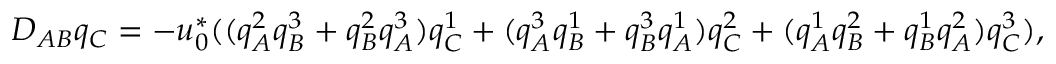
D _ { A B } q _ { C } = - u _ { 0 } ^ { * } ( ( q _ { A } ^ { 2 } q _ { B } ^ { 3 } + q _ { B } ^ { 2 } q _ { A } ^ { 3 } ) q _ { C } ^ { 1 } + ( q _ { A } ^ { 3 } q _ { B } ^ { 1 } + q _ { B } ^ { 3 } q _ { A } ^ { 1 } ) q _ { C } ^ { 2 } + ( q _ { A } ^ { 1 } q _ { B } ^ { 2 } + q _ { B } ^ { 1 } q _ { A } ^ { 2 } ) q _ { C } ^ { 3 } ) ,